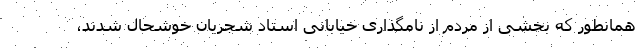
همانطور که بخشی از مردم از نامگذاری خیابانی استاد شجریان خوشحال شدند،